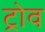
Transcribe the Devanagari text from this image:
ट्रोव